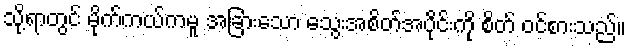
သို့ရာတွင် မိုက်ကယ်ကမူ အခြားသော သွေးအစိတ်အပိုင်းကို စိတ် ဝင်စားသည်။